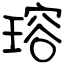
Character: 瑢